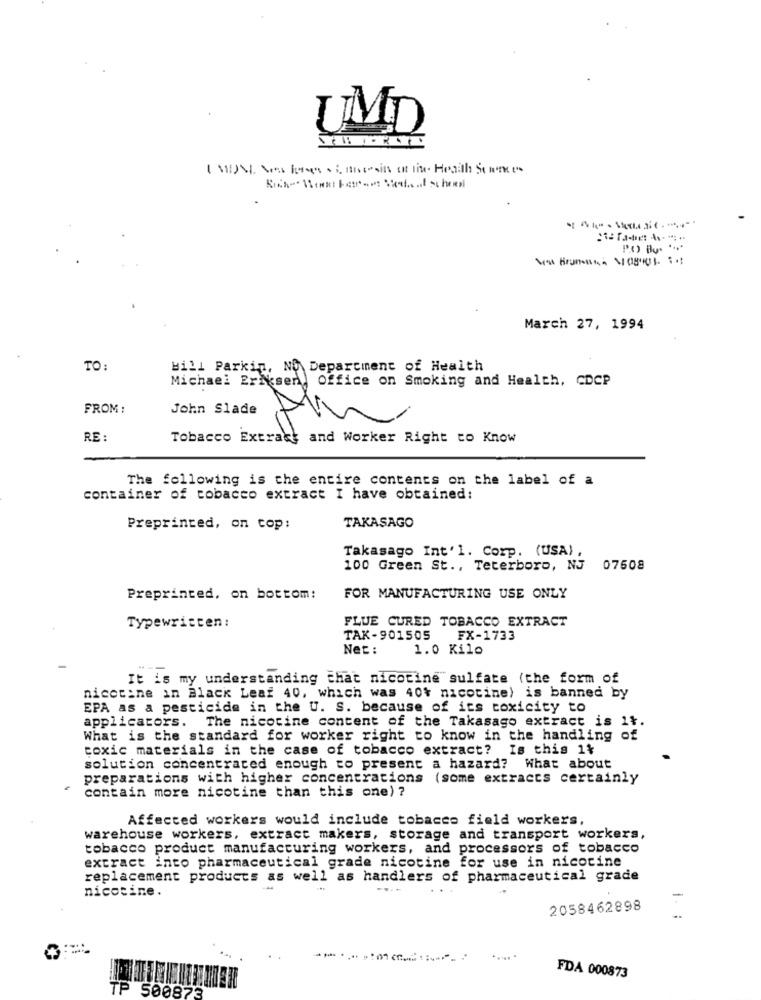
UMD
:iTa-de: A -...
March 27, 1994
TO:
Bill Parkin, No Department of Health
Michael Eriksen,
Office on Smoking and Health, CDCP
FROM
John Slade
RE :
Tobacco Extract and Worker Right to Know
The following is the entire contents on the label of a
container of tobacco extract I have obtained:
Preprinted, on top:
TAKASAGO
Takasago Int'l. Corp. (USA).
100 Green St ., Teterboro, NJ 07508
Preprinted, on bottom:
FOR MANUFACTURING USE ONLY
Typewritten:
FLUE CURED TOBACCO EXTRACT
TAK-901505
FX-1733
Net :
1.0 Kilo
It is my understanding that nicotine sulfate (the form of
nicotine in Black Leaf 40, which was 40% nicotine) is banned by
EPA as a pesticide in the U. S. because of its toxicity to
applicators. The nicotine content of the Takasago extract is it.
What is the standard for worker right to know in the handling of
toxic materials in the case of tobacco extract? Is this 1%
solution concentrated enough to present a hazard? What about
preparations with higher concentrations (some extracts certainly
contain more nicotine than this one) ?
Affected workers would include tobacco field workers,
warehouse workers, extract makers, storage and transport workers,
tobacco product manufacturing workers, and processors of tobacco
extract into pharmaceutical grade nicotine for use in nicotine
replacement products as well as handlers of pharmaceutical grade
nicotine.
=
2058462898
FDA 000873
P 500873